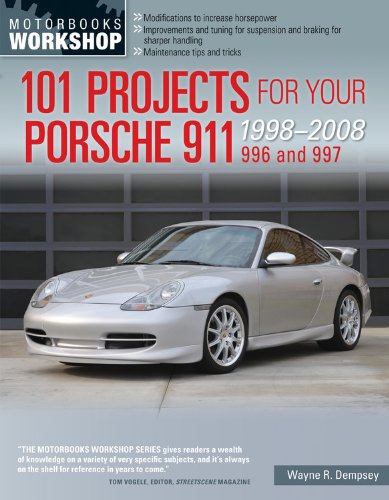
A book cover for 101 Projects for Your Porsche 911, 996 and 997 1998-2008 (Motorbooks Workshop); Wayne R. Dempsey; Engineering & Transportation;